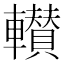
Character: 𮝰